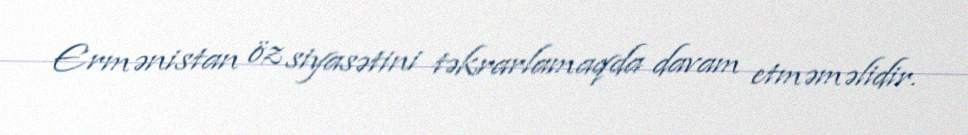
Ermənistan öz siyasətini təkrarlamaqda davam etməməlidir.